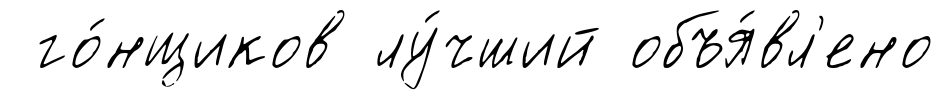
го́нщиков лу́чший объя́вл'ено